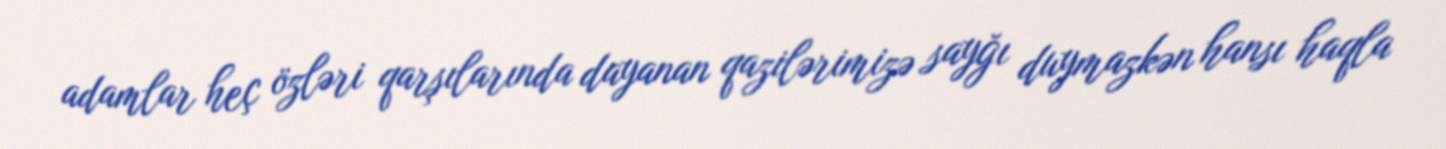
adamlar heç özləri qarşılarında dayanan qazilərimizə sayğı duymazkən hansı haqla